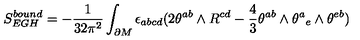
S _ { E G H } ^ { b o u n d } = - { \frac { 1 } { 3 2 \pi ^ { 2 } } } \int _ { \partial M } \epsilon _ { a b c d } ( 2 \theta ^ { a b } \wedge R ^ { c d } - { \frac { 4 } { 3 } } \theta ^ { a b } \wedge \theta ^ { a } { } _ { e } \wedge \theta ^ { e b } )